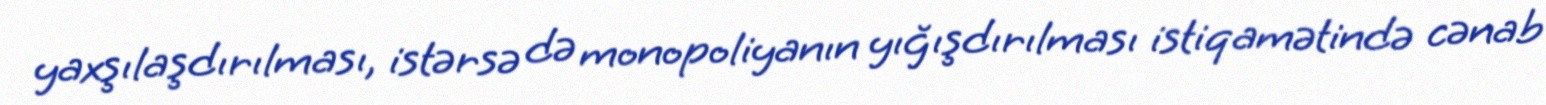
yaxşılaşdırılması, istərsə də monopoliyanın yığışdırılması istiqamətində cənab